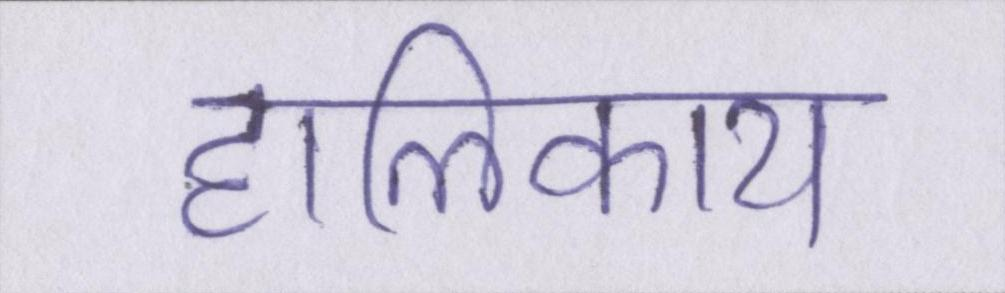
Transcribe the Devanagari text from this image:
हालिकाय